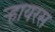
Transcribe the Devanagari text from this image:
ऱ्हायरस